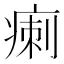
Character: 𤷫